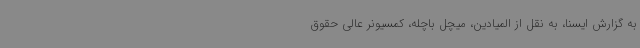
به گزارش ایسنا، به نقل از المیادین، میچل باچله، کمسیونر عالی حقوق